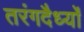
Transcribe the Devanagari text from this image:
तरंगदैर्ध्‍यों